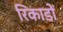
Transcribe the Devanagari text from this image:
रिकाडों